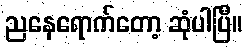
ညနေရောက်တော့ ဆုံပါပြီ။